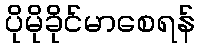
ပိုမိုခိုင်မာစေရန်